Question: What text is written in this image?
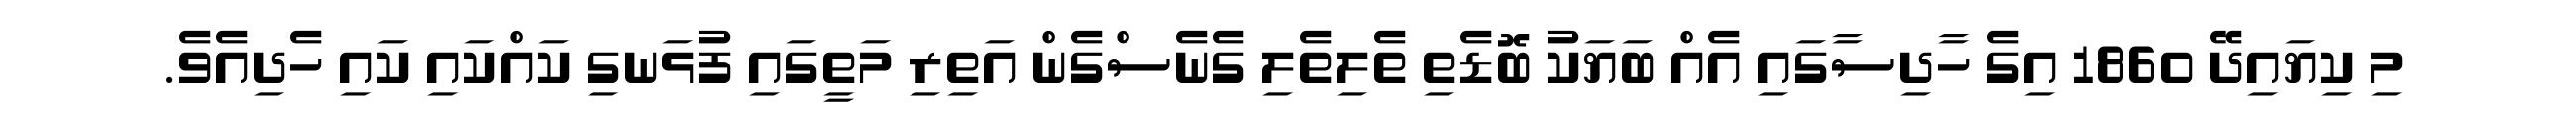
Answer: މި ކިޔައިދޭ 1860 އިގެ ހާދިސާގައި އެއް ބަޔަކު ބޮޑެތި ތެލިތެލި ގެނެސްގެން އަތިރި މަތީގައި ފުޅަނގި ކައްކައި ކައި ހެދިއެވެ.